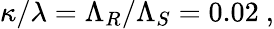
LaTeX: \kappa/\lambda=\Lambda_{R}/\Lambda_{S}=0.02\ ,